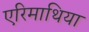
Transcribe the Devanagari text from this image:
एरिमाथिया